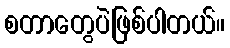
စတာတွေပဲဖြစ်ပါတယ်။